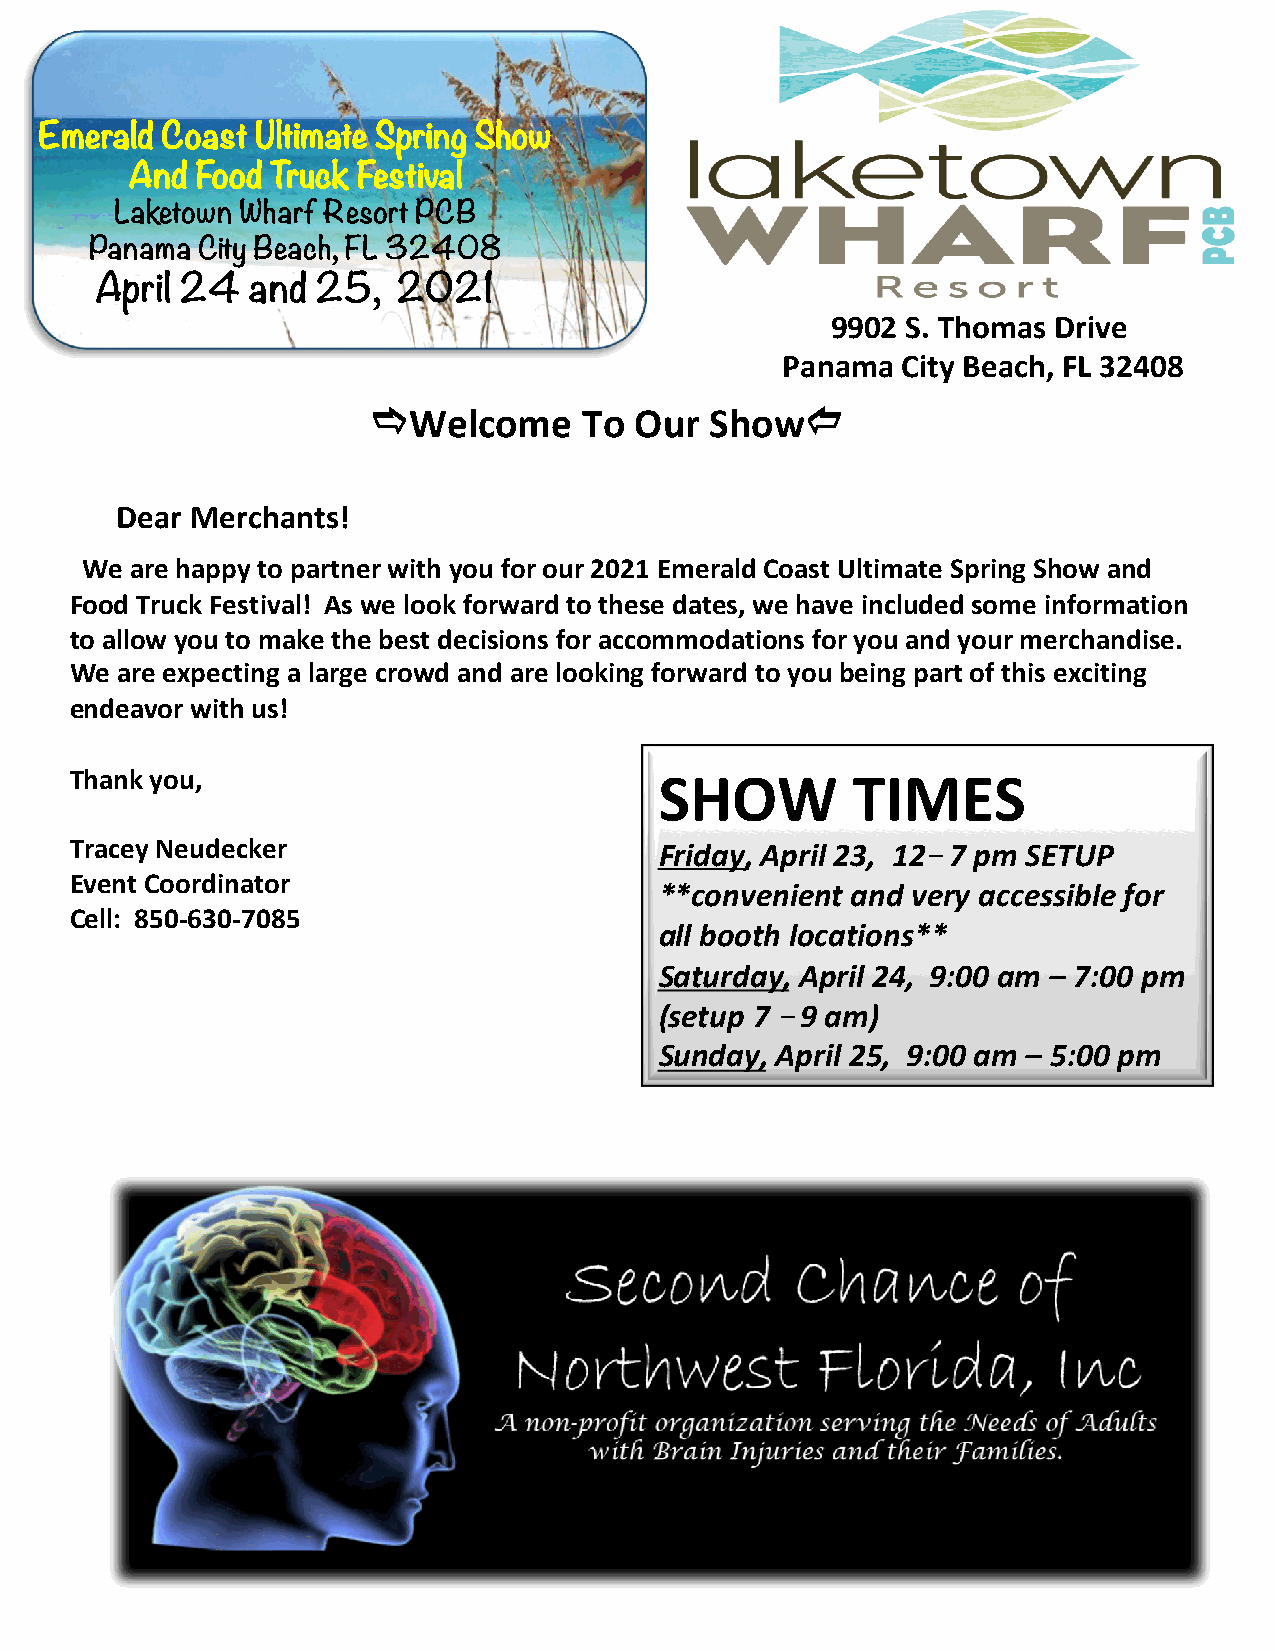
Emerald Coast Ultimate Spring Show
 And Food Truck Festival
 Laketown Wharf Resort PCB
 Panama City Beach, FL 32408
 April 24   and 25,  2021
 9902 S. Thomas Drive
 Panama  City Beach, FL 32408
 eWelcome       To Our  Showd
 Dear Merchants!
 We  are happy to partner with you for our 2021 Emerald Coast Ultimate Spring Show and
 Food Truck Festival! As we look forward to these dates, we have included some information
 to allow you to make the best decisions for accommodations for you and your merchandise.
 We are expecting a large crowd and are looking forward to you being part of this exciting
 endeavor with us!
 Thank you,                             SHOW        TIMES
 Tracey Neudecker                       Friday, April 23, 12– 7 pm SETUP
 Event Coordinator
 **convenient and very accessible for
 Cell: 850-630-7085
 all booth locations**
 Saturday, April 24, 9:00 am – 7:00 pm
 (setup 7 –9 am)
 Sunday, April 25, 9:00 am – 5:00 pm